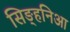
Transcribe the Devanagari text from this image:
सिङ्हनिआ